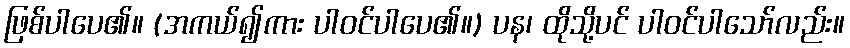
ဖြစ်ပါပေ၏။ (အကယ်၍ကား ပါဝင်ပါပေ၏။) ပန၊ ထိုသို့ပင် ပါဝင်ပါသော်လည်း။